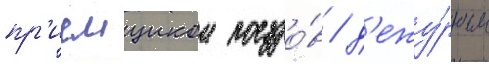
пр'иемщиком поездо́в / д'ежу́рным